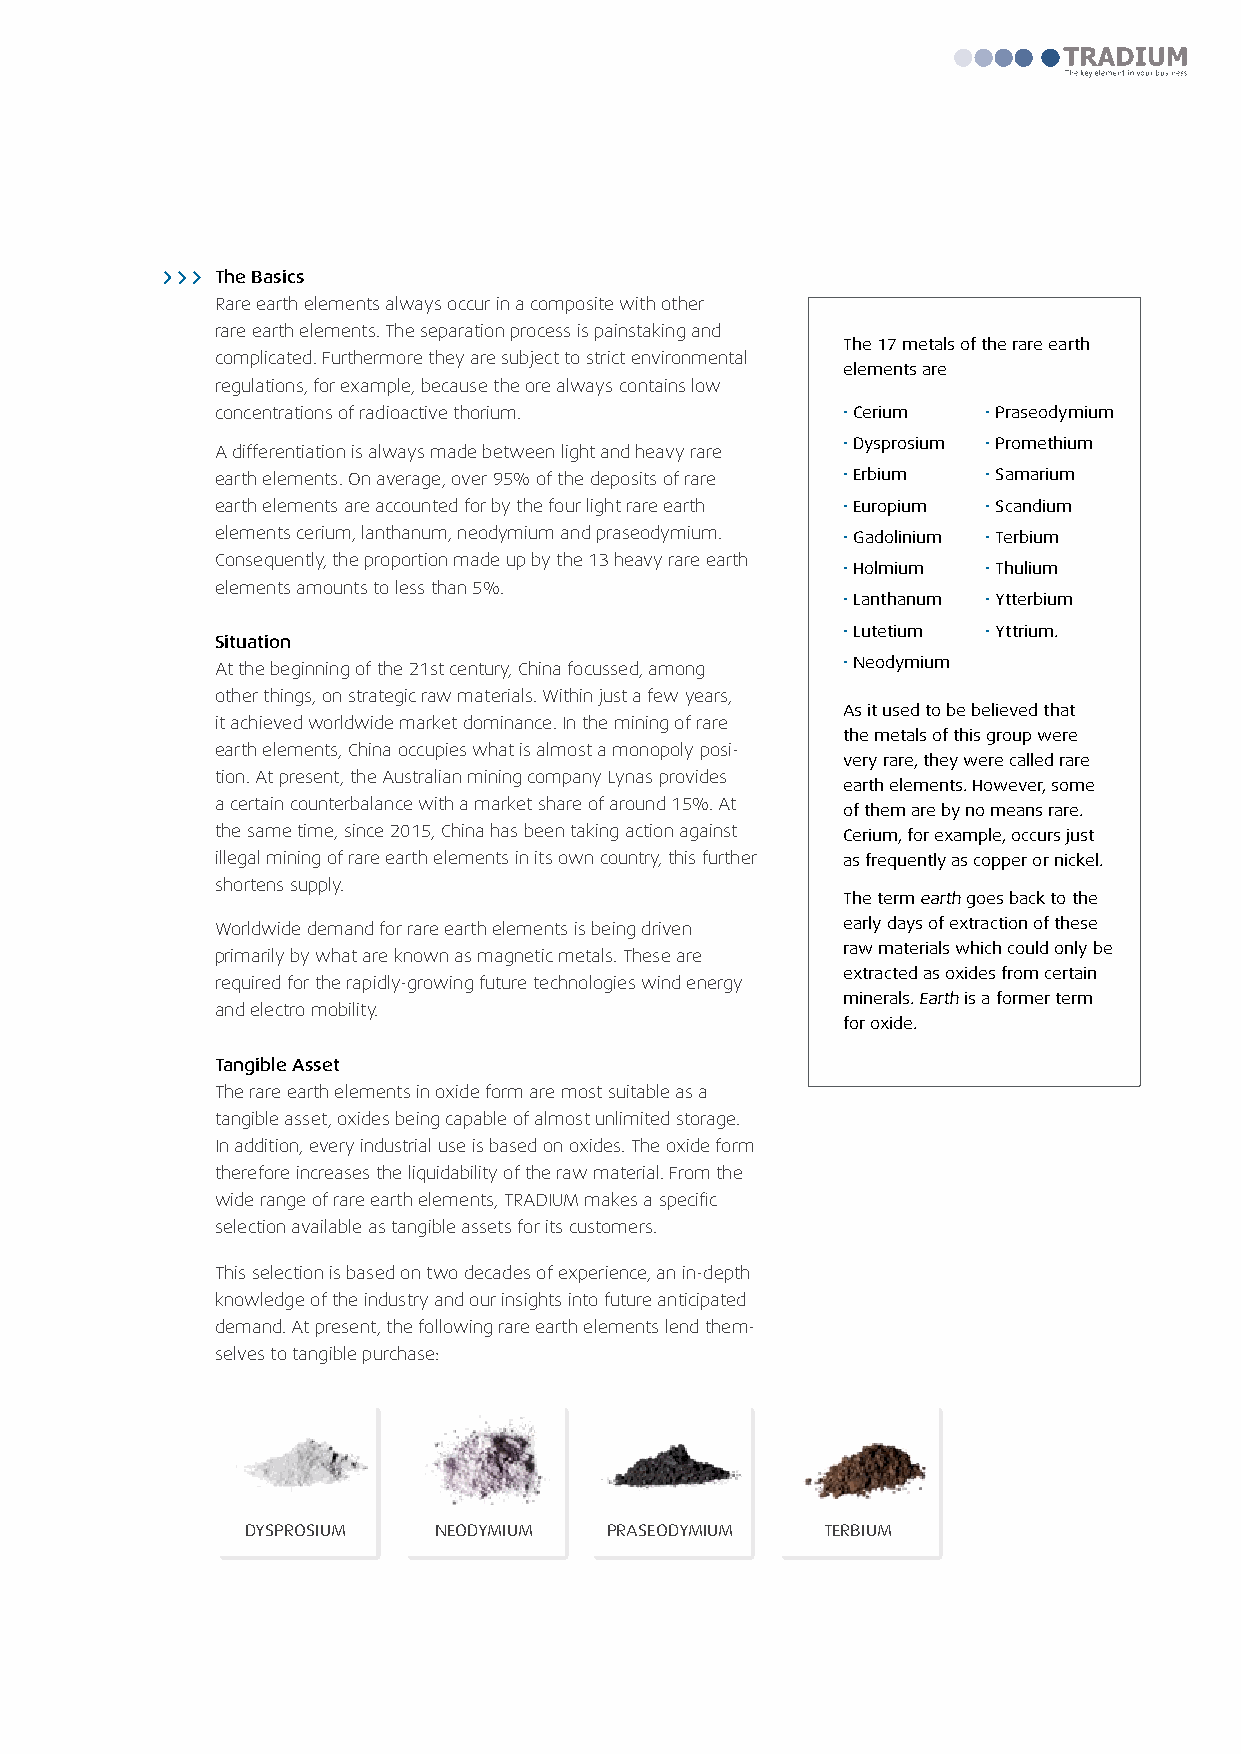
The Basics
 Rare earth elements always occur in a composite with other
 rare earth elements. The separation process is painstaking and
 The 17 metals of the rare earth
 complicated. Furthermore they are subject to strict environmental
 elements are
 regulations, for example, because the ore always contains low
 concentrations of radioactive thorium.    • Cerium • Praseodymium
 • Dysprosium • Promethium
 A differentiation is always made between light and heavy rare
 earth elements. On average, over 95% of the deposits of rare • Erbium • Samarium
 earth elements are accounted for by the four light rare earth • Europium • Scandium
 elements cerium, lanthanum, neodymium and praseodymium. • Gadolinium • Terbium
 Consequently, the proportion made up by the 13 heavy rare earth
 • Holmium • Thulium
 elements amounts to less than 5%.
 • Lanthanum • Ytterbium
 • Lutetium • Yttrium.
 Situation
 At the beginning of the 21st century, China focussed, among • Neodymium
 other things, on strategic raw materials. Within just a few years,
 As it used to be believed that
 it achieved worldwide market dominance. In the mining of rare
 the metals of this group were
 earth elements, China occupies what is almost a monopoly posi-
 very rare, they were called rare
 tion. At present, the Australian mining company Lynas provides
 earth elements. However, some
 a certain counterbalance with a market share of around 15%. At
 of them are by no means rare.
 the same time, since 2015, China has been taking action against Cerium, for example, occurs just
 illegal mining of rare earth elements in its own country, this further as frequently as copper or nickel.
 shortens supply.
 The term earth goes back to the
 Worldwide demand for rare earth elements is being driven early days of extraction of these
 raw materials which could only be
 primarily by what are known as magnetic metals. These are
 extracted as oxides from certain
 required for the rapidly-growing future technologies wind energy
 minerals. Earth is a former term
 and electro mobility.
 for oxide.
 Tangible Asset
 The rare earth elements in oxide form are most suitable as a
 tangible asset, oxides being capable of almost unlimited storage.
 In addition, every industrial use is based on oxides. The oxide form
 therefore increases the liquidability of the raw material. From the
 wide range of rare earth elements, TRADIUM makes a specific
 selection available as tangible assets for its customers.
 This selection is based on two decades of experience, an in-depth
 knowledge of the industry and our insights into future anticipated
 demand. At present, the following rare earth elements lend them-
 selves to tangible purchase:
 DYSPROSIUM   NEODYMIUM  PRASEODYMIUM  TERBIUM